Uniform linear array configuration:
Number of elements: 4
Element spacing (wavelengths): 0.5
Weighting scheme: kaiser
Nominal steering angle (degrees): -45
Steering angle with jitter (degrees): -43.934
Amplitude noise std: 0.05
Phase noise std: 0.05

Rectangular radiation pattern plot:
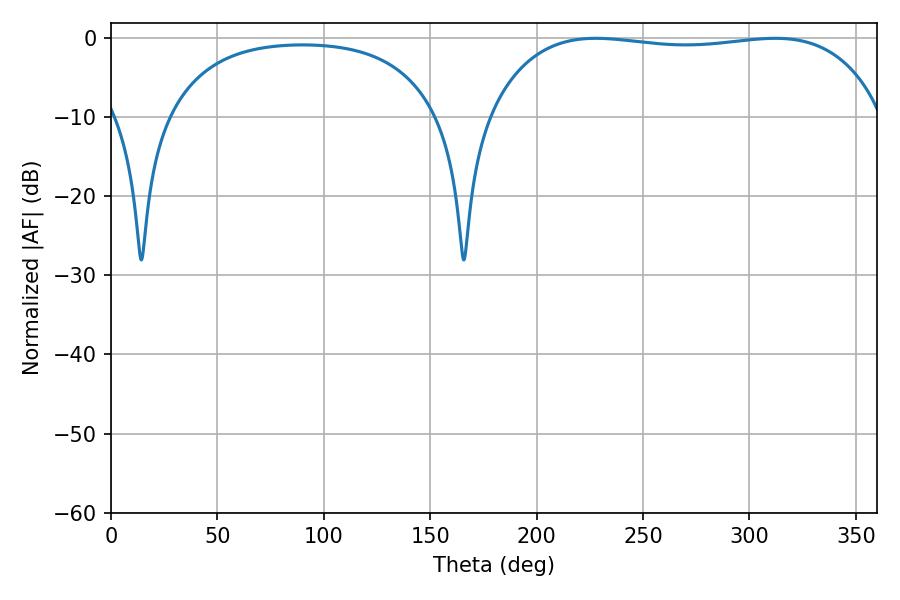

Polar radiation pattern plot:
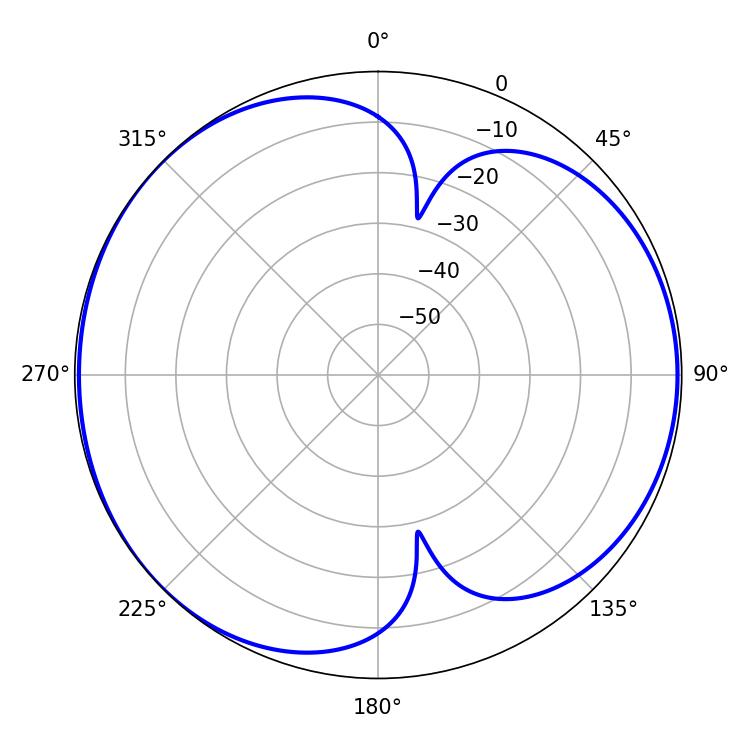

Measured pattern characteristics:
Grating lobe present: FALSE
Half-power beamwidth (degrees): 148.32
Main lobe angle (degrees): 312.12